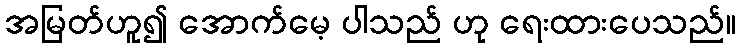
အမြတ်ဟူ၍ အောက်မေ့ ပါသည် ဟု ရေးထားပေသည်။